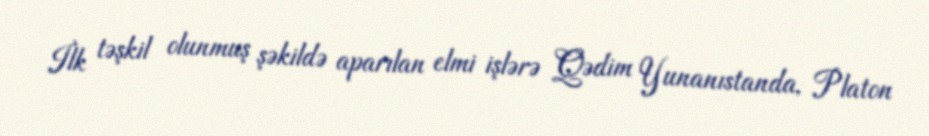
İlk təşkil olunmuş şəkildə aparılan elmi işlərə Qədim Yunanıstanda, Platon